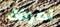
تصرفك